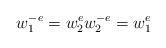
LaTeX: \begin{align*} w_1^{-e}=w_2^e w_2^{-e}=w_1^e \end{align*}